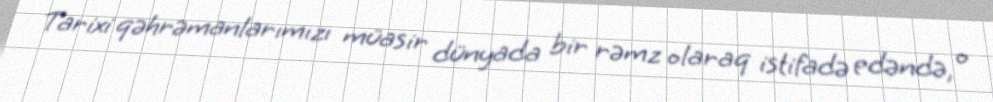
Tarixi qəhrəmanlarımızı müasir dünyada bir rəmz olaraq istifadə edəndə, o